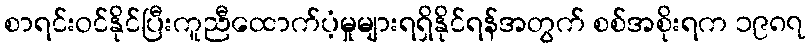
စာရင်းဝင်နိုင်ပြီးကူညီထောက်ပံ့မှုများရရှိနိုင်ရန်အတွက် စစ်အစိုးရက ၁၉၈၇